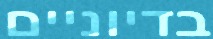
בדיוניים